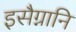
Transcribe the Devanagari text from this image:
इसैग्नानि